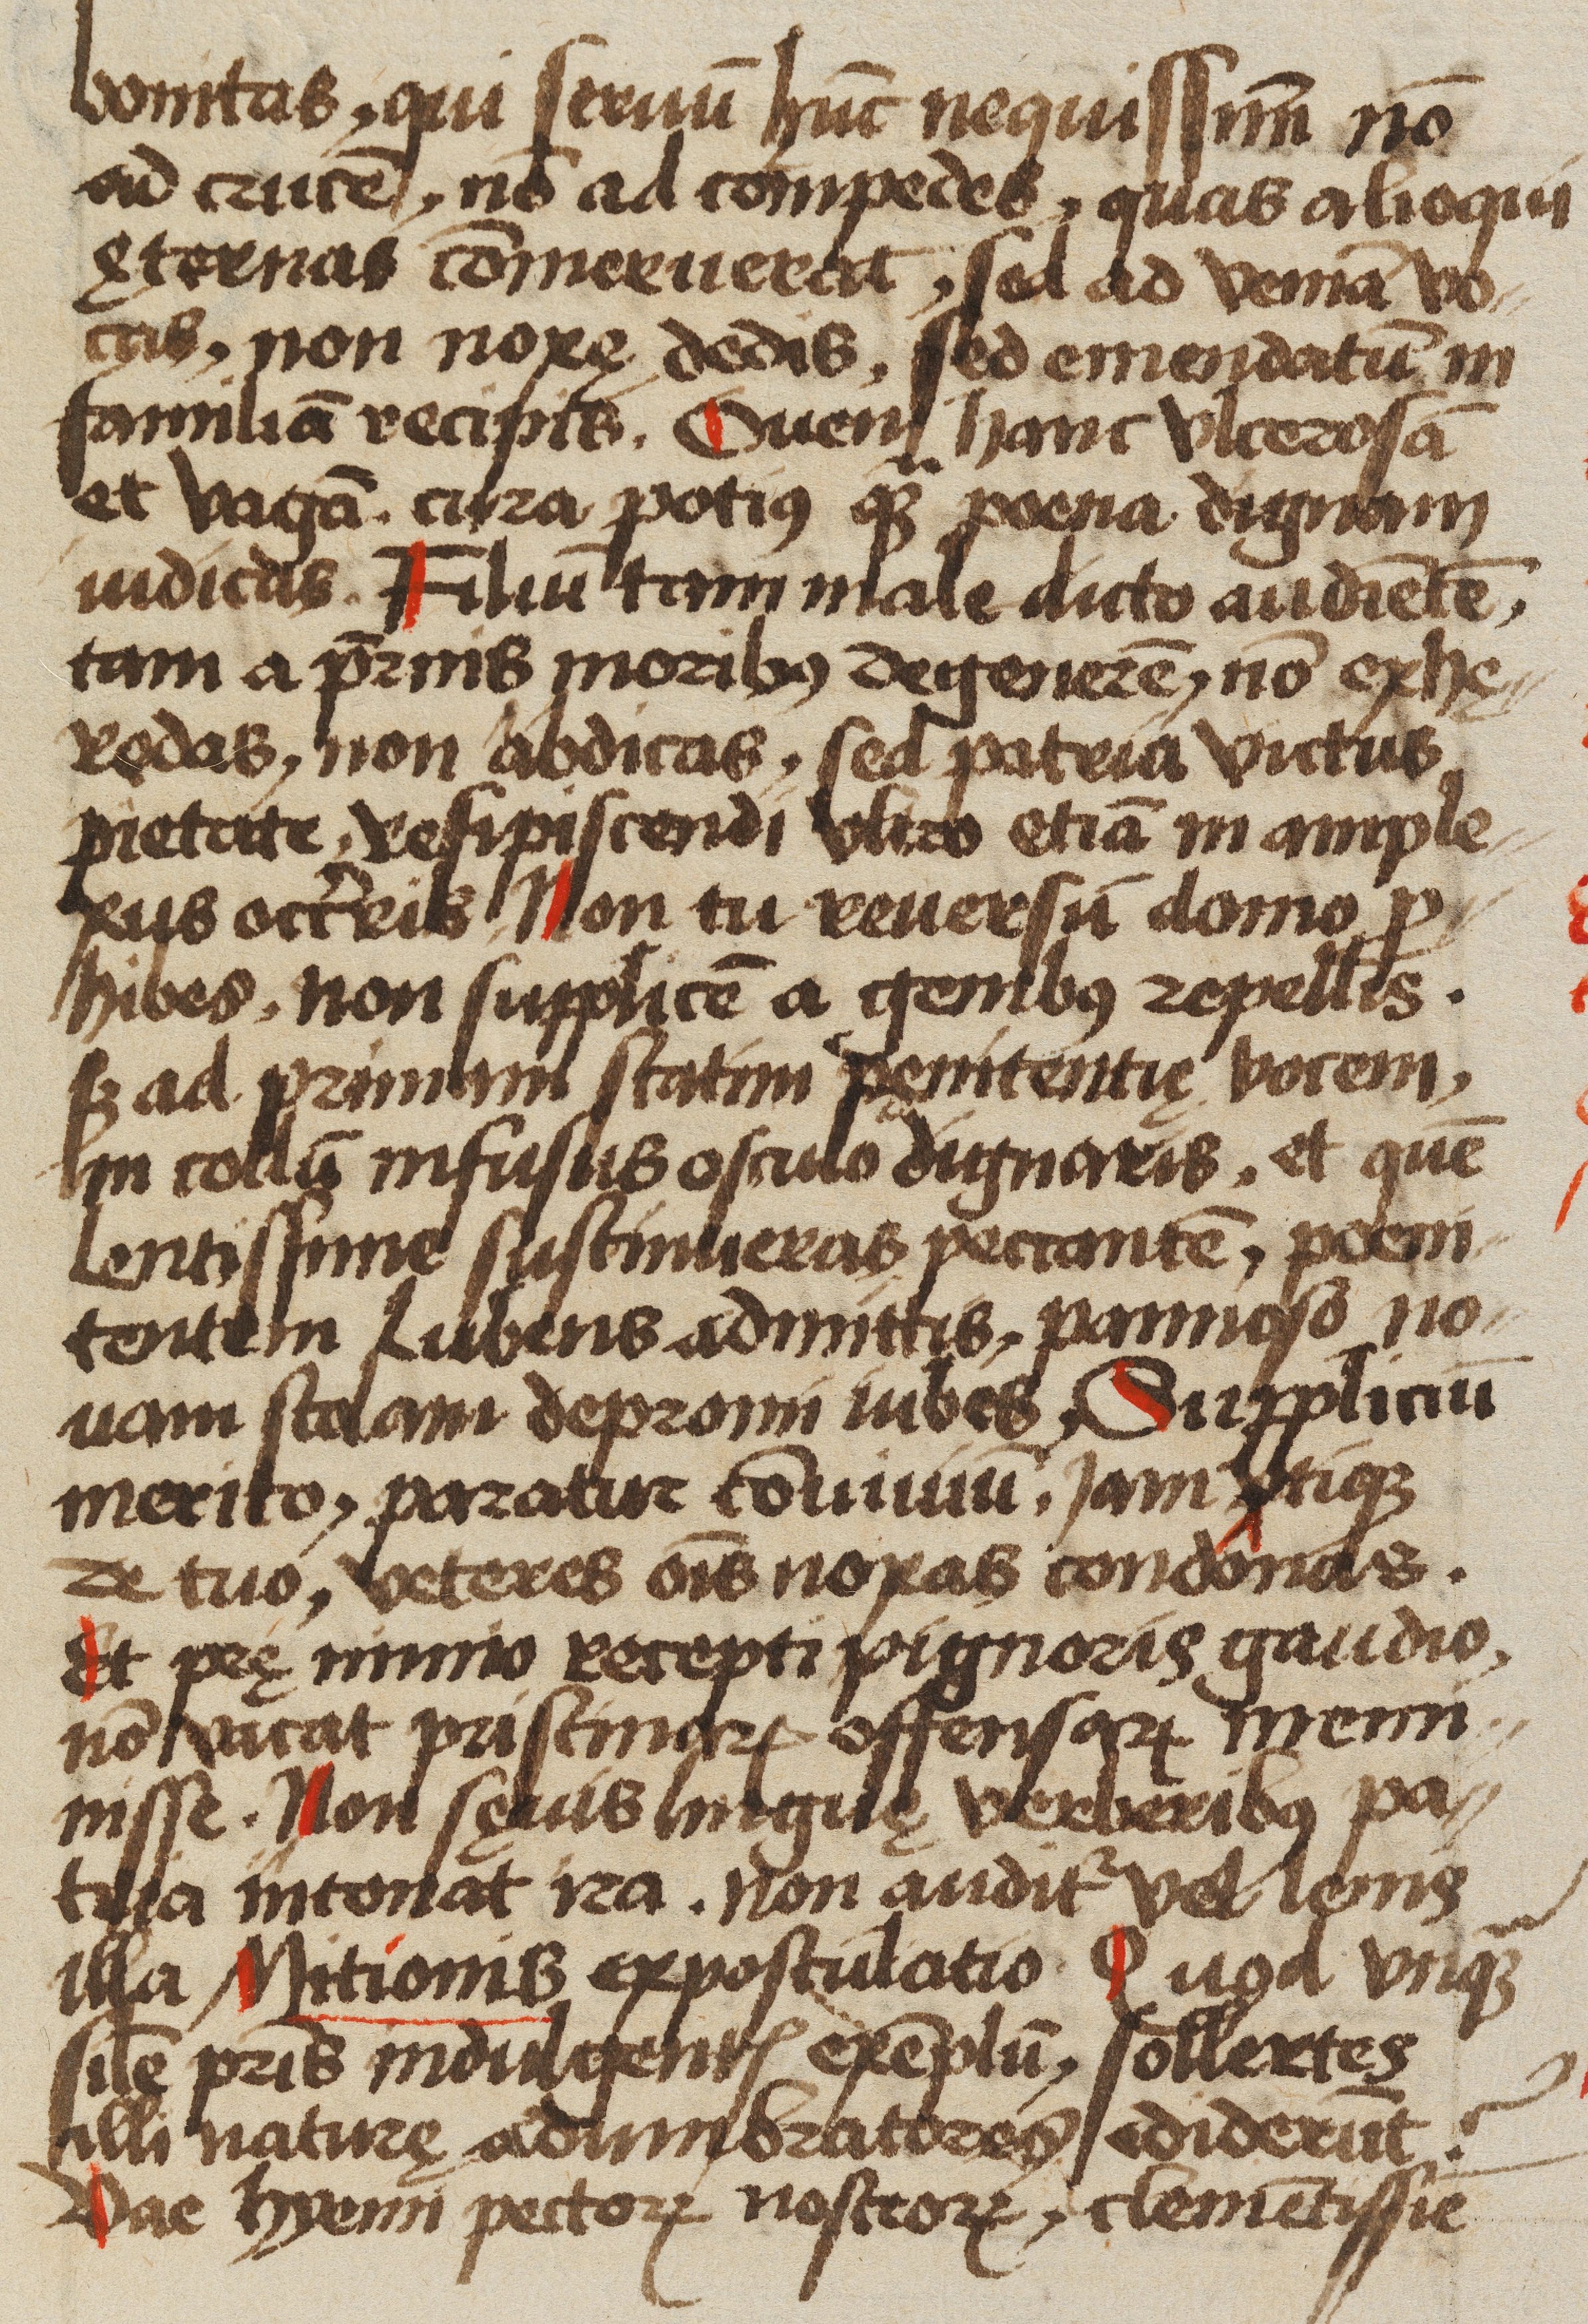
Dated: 1523–1523